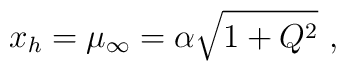
x_h =  \mu_{\infty} = \alpha \sqrt{1+Q^2}\ ,